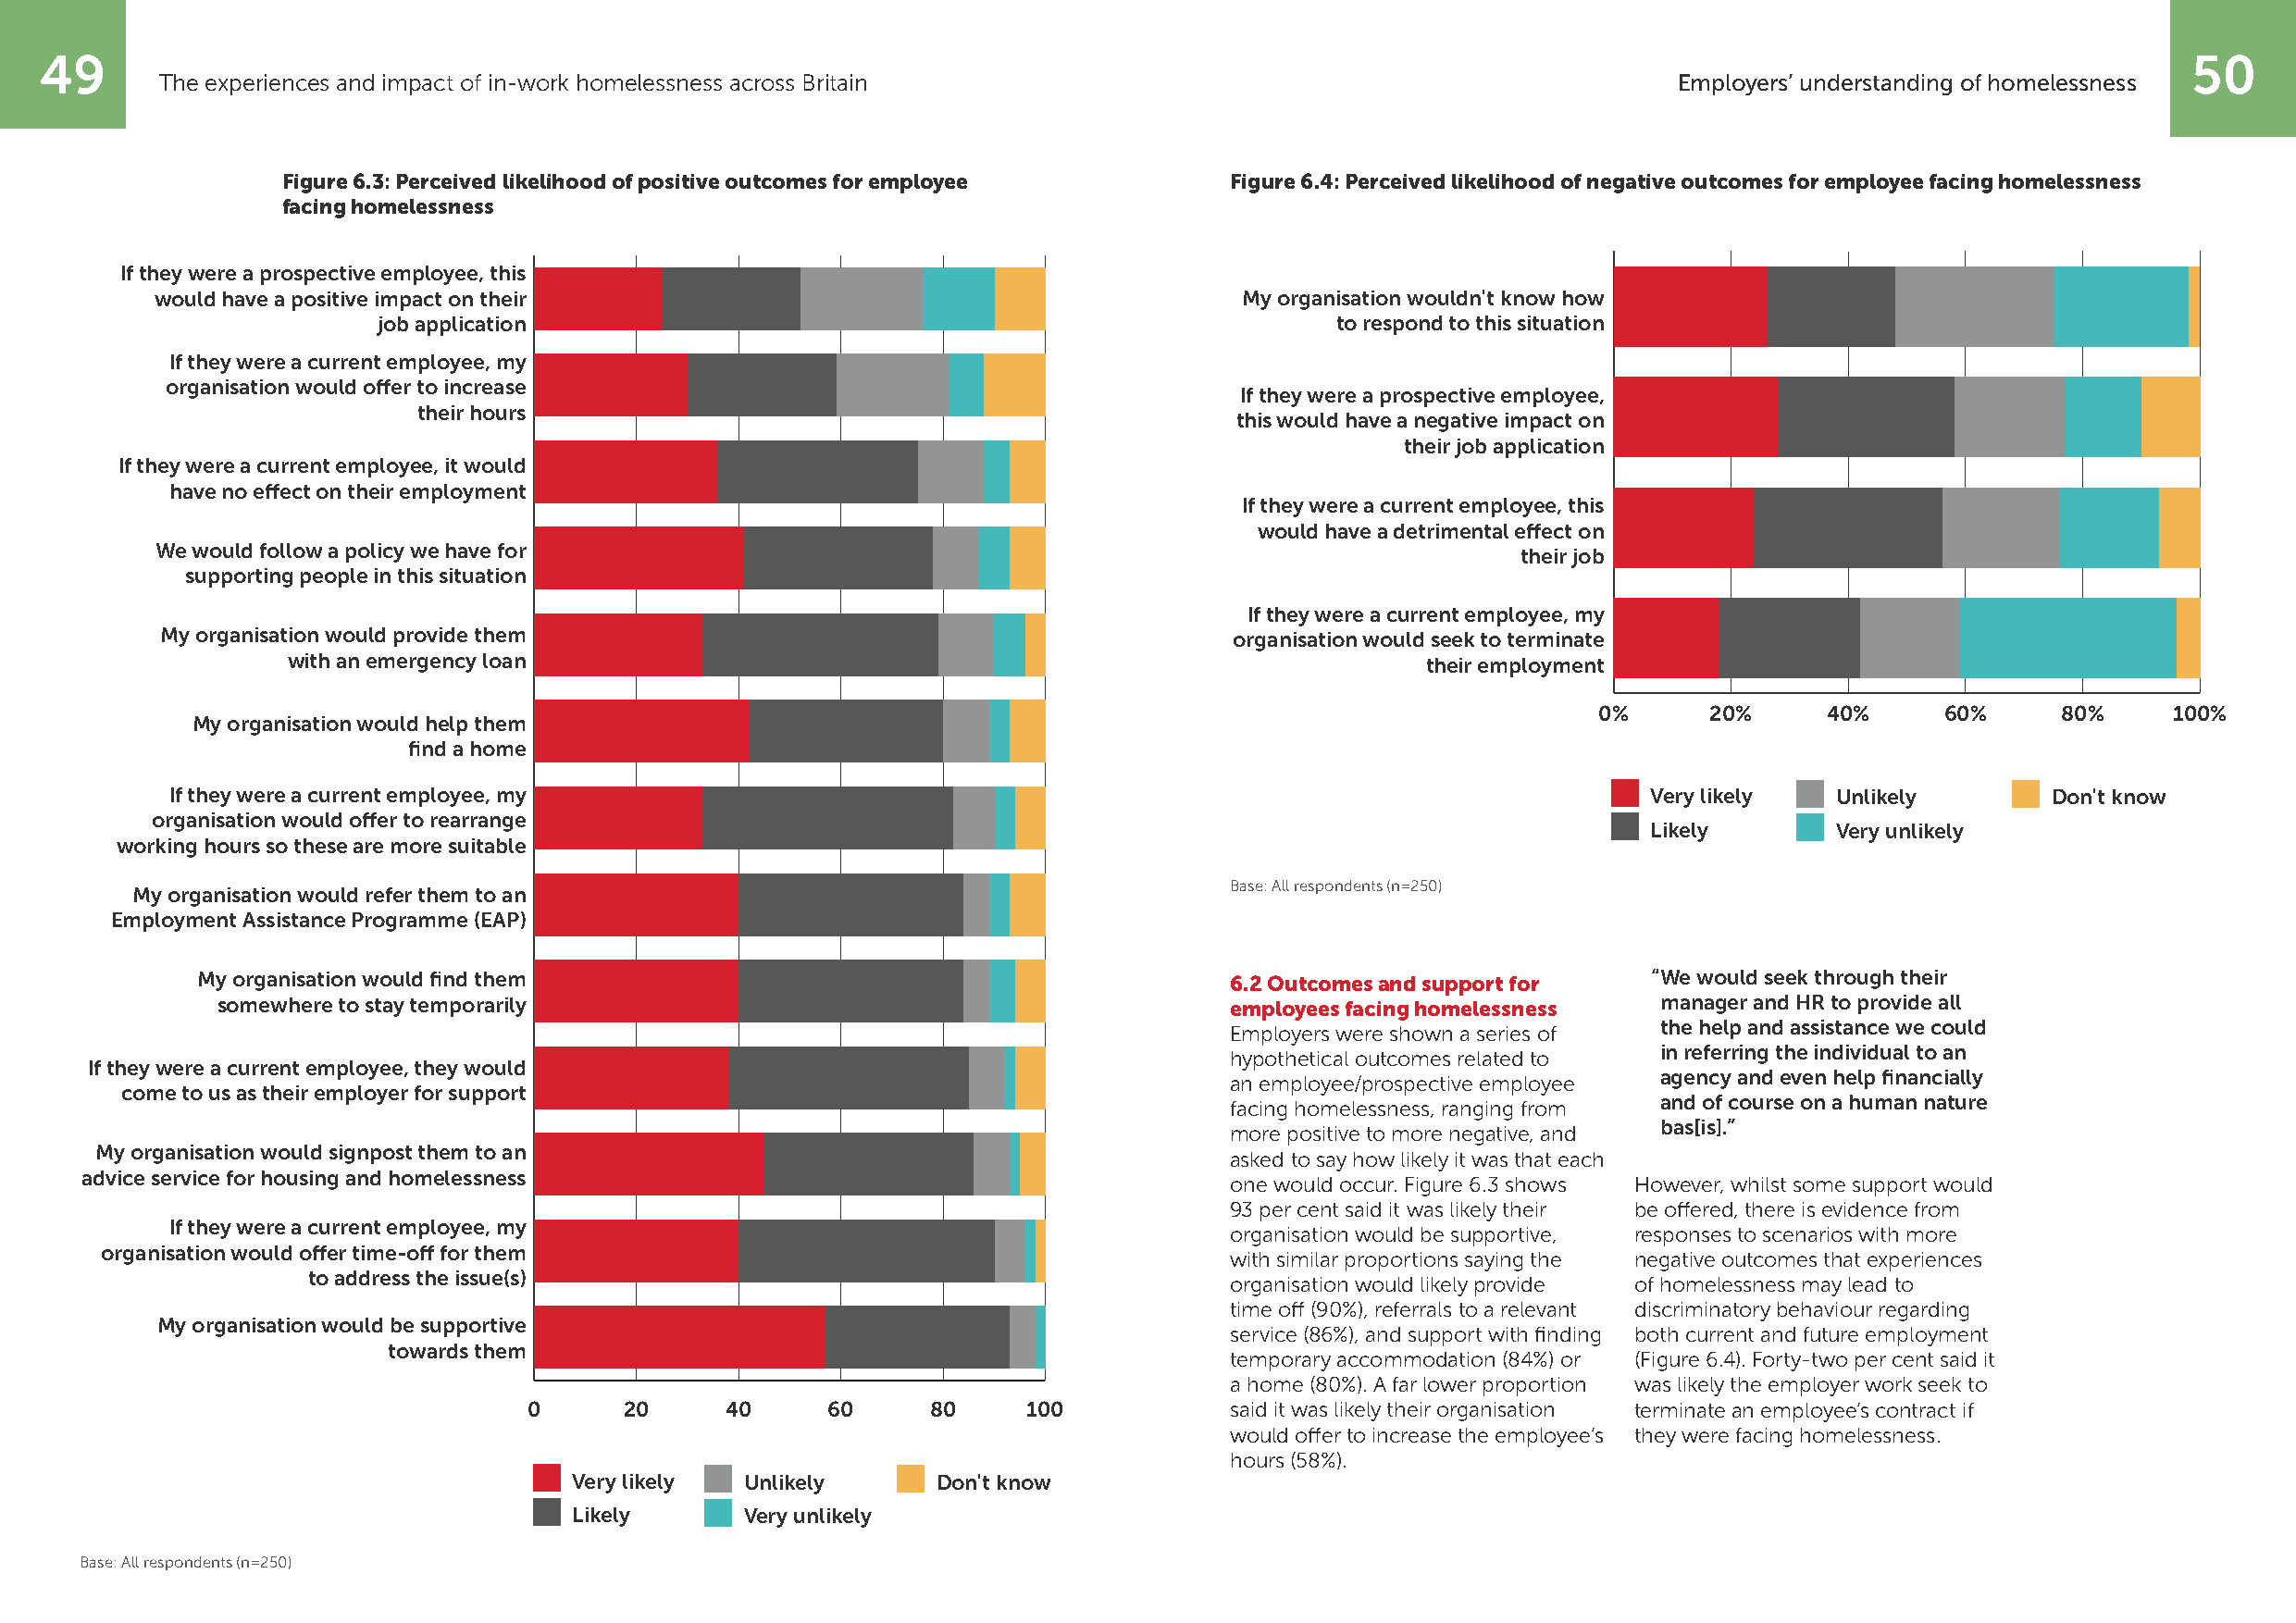
49                                                                                                                                                        50
 The experiences and impact of in-work homelessness across Britain                                            Employers’ understanding of homelessness
 6.4
 6.3          Figure 6.3: Perceived likelihood of positive outcomes for employee  Figure 6.4: Perceived likelihood of negative outcomes for employee facing homelessness
 Figure 2fa.5c: iLnagn hdolomrde pleossssneesssison claims for Wales, from first quarter 2019 to first quarter 2021.
 If they were a prospective employee, this
 would have a positive impact on their                                         My organisation wouldn't know how
 Don't know
 job application                                                      to respond to this situation
 If they were a current employee, my
 organisation would offer to increase
 If they were a prospective employee,
 their hours
 this would have a negative impact on
 their job application
 If they were a current employee, it would
 Very unlikely
 have no effect on their employment
 If they were a current employee, this
 would have a detrimental effect on
 We would follow a policy we have for
 their job
 supporting people in this situation
 If they were a current employee, my
 My organisation would provide them                                           organisation would seek to terminate
 Unlikely
 with an emergency loan                                                           their employment
 0%      20%      40%     60%     80%     100%
 My organisation would help them
 find a home
 If they were a current employee, my                                                                       Very likely  Unlikely        Don't know
 organisation would offer to rearrange                                   Likely
 Likely       Very unlikely
 working hours so these are more suitable
 Base: All respondents (n=250)
 My organisation would refer them to an
 Employment Assistance Programme (EAP)
 My organisation would find them                                      Very like6l.y2 Outcomes and support for “ We would seek through their
 somewhere to stay temporarily                                           employees facing homelessness  manager and HR to provide all
 the help and assistance we could
 Employers were shown a series of
 in referring the individual to an
 hypothetical outcomes related to
 If they were a current employee, they would
 an employee/prospective employee
 agency and even hPeelprc fiennatnacgieaslly
 come to us as their employer for support
 and of course on a human nature
 facing homelessness, ranging from
 bas[is].”
 more positive to more negative, and
 My organisation would signpost them to an
 asked to say how likely it was that each
 advice service for housing and homelessness
 one would occur. Figure 6.3 shows However, whilst some support would
 93 per cent said it was likely their be offered, there is evidence from
 If they were a current employee, my
 organisation would be supportive, responses to scenarios with more
 organisation would offer time-off for them
 with similar proportions saying the negative outcomes that experiences
 to address the issue(s)
 organisation would likely provide of homelessness may lead to
 time off (90%), referrals to a relevant discriminatory behaviour regarding
 My organisation would be supportive
 service (86%), and support with finding both current and future employment
 towards them
 temporary accommodation (84%) or (Figure 6.4). Forty-two per cent said it
 a home (80%). A far lower proportion was likely the employer work seek to
 0      20     40     60      80    100            said it was likely their organisation terminate an employee’s contract if
 would offer to increase the employee’s they were facing homelessness.
 hours (58%).
 Very likely Unlikely      Don't know
 Likely      Very unlikely
 Base: All respondents (n=250)
 Percentages